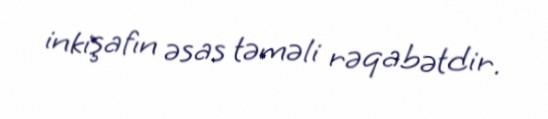
inkişafın əsas təməli rəqabətdir.